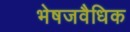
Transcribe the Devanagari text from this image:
भेषजवैधिक